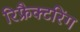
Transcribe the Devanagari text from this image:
रिफ्रैक्टरिंग